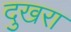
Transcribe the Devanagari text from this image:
दुखरा